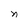
Character: n